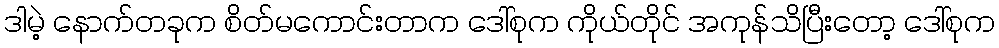
ဒါမဲ့ နောက်တခုက စိတ်မကောင်းတာက ဒေါ်စုက ကိုယ်တိုင် အကုန်သိပြီးတော့ ဒေါ်စုက